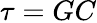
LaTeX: \tau=GC